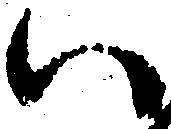
い